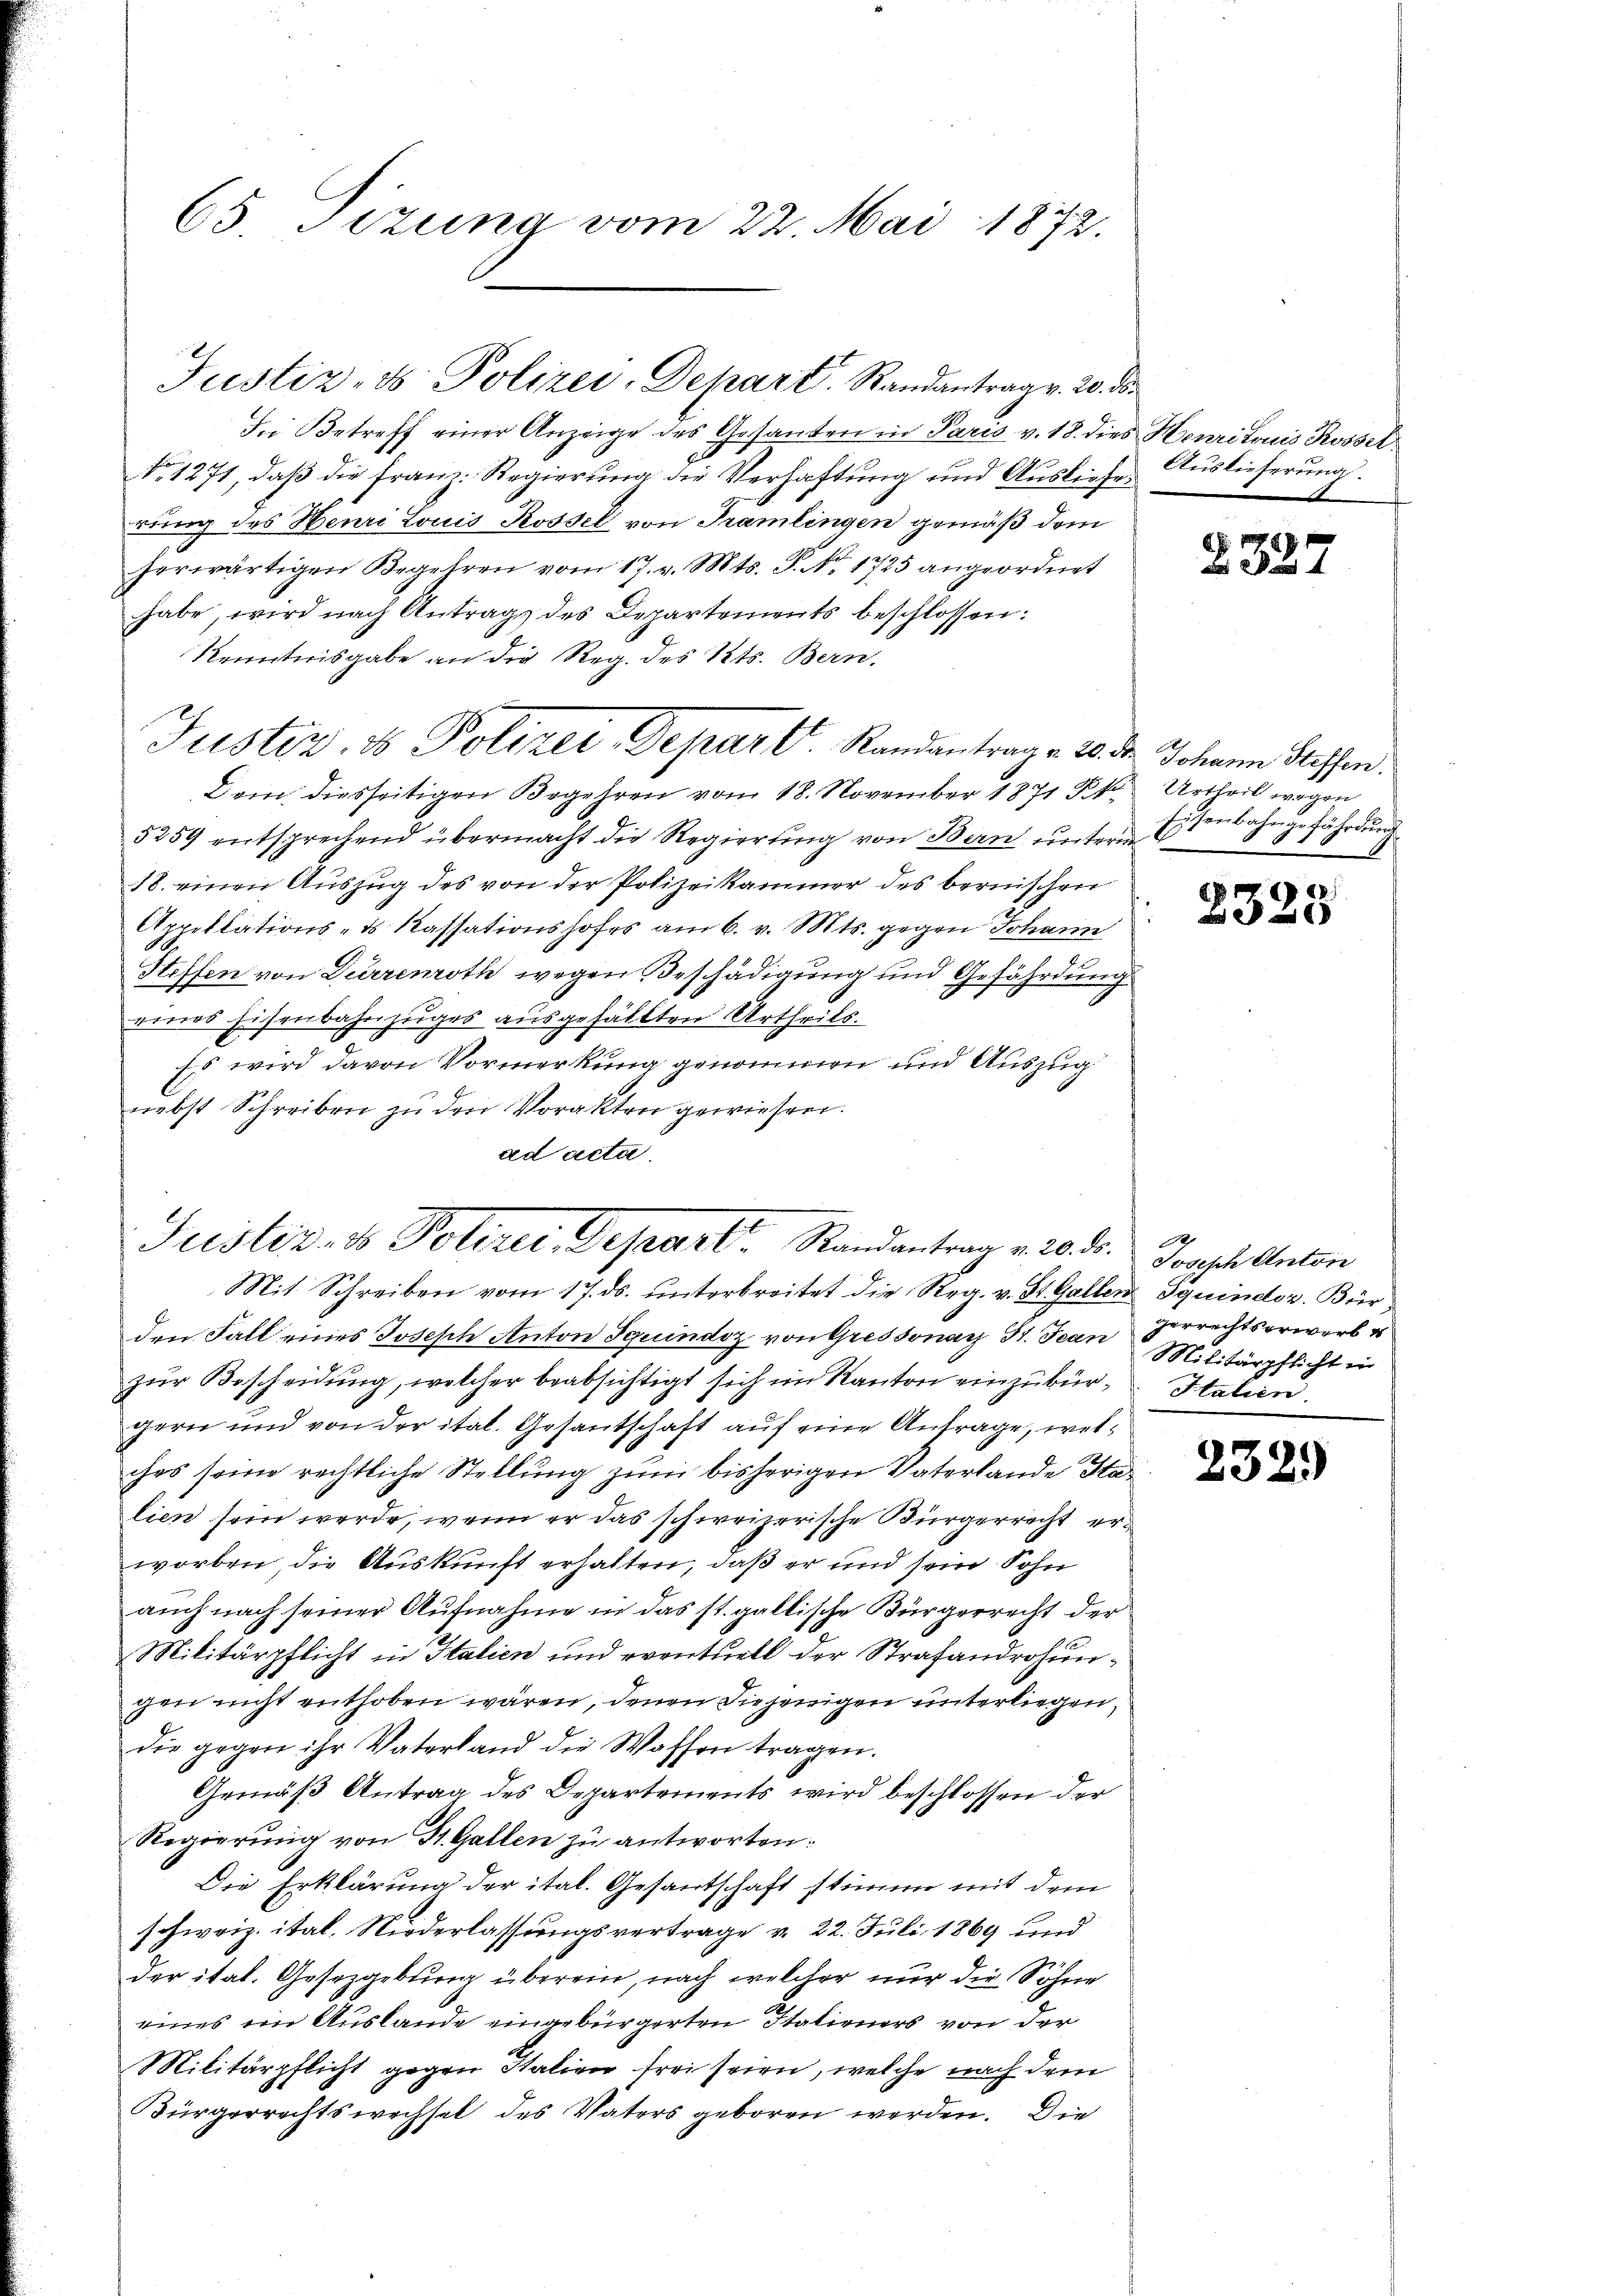
65 Sizung vom 22. Mai 1872.

Justiz- & Polizei-Depart. Randantrag v. 20. ds.

Bei Betreff einer Anzeige des Gesanten in Paris v. 18. dies Henritoris Rossel
No 1271, daß die Franz. Regierung die Verhaftung und Auslieferung des Henri Louis Rossel von Tramlingen gemäß dem
herwärtigen Begehren vom 17. v. Mts. S. Nr. 1725 angeordnet
habe, wird nach Antrage des Departements beschlossen:
Kenntnisgabe an die Reg. des Kts. Bern.
Dem diesseitigen Begehren vom 18. November 1871 Frk. Urtheil wegen
5259 entsprechend übermacht die Regierŭng von Bern ŭntern Essenbahngefährdung
18. einen Auszug des von der Polizeikammer des bernischen
Appellations- & Kassationshofes am 6. v. Mts. gegen Johann
Steffen von Durrenroth wegen Beschädigung und Gefährdung
eines Eisenbahnzuges ausgefällten Urtheils.
Es wird davon Vormerkung genommen und Auszug
nebst Schreiben zu den Vorakten gewiesen.
ad acta.
Mit Schreiben vom 17. ds. ŭnterbreitet die Reg. v. St. Gallen Iquindtor. Bürden Fall eines Joseph Anton Iquindiz von Gressonay St. Jean
zŭr Bescheidung, welcher beabsichtigt sich im Kanton einzubür¬ Italien.
gern und von der ital. Gesantschaft auf eine Anfrage, welches seine rechtliche Stellung zum bisherigen Vaterlande Stalien sein werde, wenn er das schweizerische Bürgerrecht erworben die Auskunft erhalten, daß er und sein Sohn
auch nach seiner Aufnahme in das st. gallische Bürgerrecht der
Militärpflicht in Italien und eventuell der Strafandrohungen nicht enthoben wären, denen diejenigen unterliegen,
die gegen ihr Vaterland die Waffen tragen.
Gemäß Antrag des Departements wird beschlossen der
Regierung von St. Gallen zu antworten:
Die Erklärung der ital. Gesantschaft stimme mit dem
schweiz. ital. Niederlassungsvertrage v. 22. Juli 1869 und
der ital. Gesetzgebung überein, nach welcher nur die Söhne
eiges im Auslande eingebürgerten Italieners von der
Militärpflicht gegen Italien frei seien, welche nach dem
Bürgerrechtswechsel des Vaters geboren werden. Die

Justiz- & Polizei-Depart. Randantrag v. 20. d. Johann Steffen.

Justiz- & Polizei, Depart. Randantrag v. 20. d. Jostsche Anton

Auslieferung.

2327

1
28.
320

12
gerrechtserwerb u
Militärpflicht ein

2329